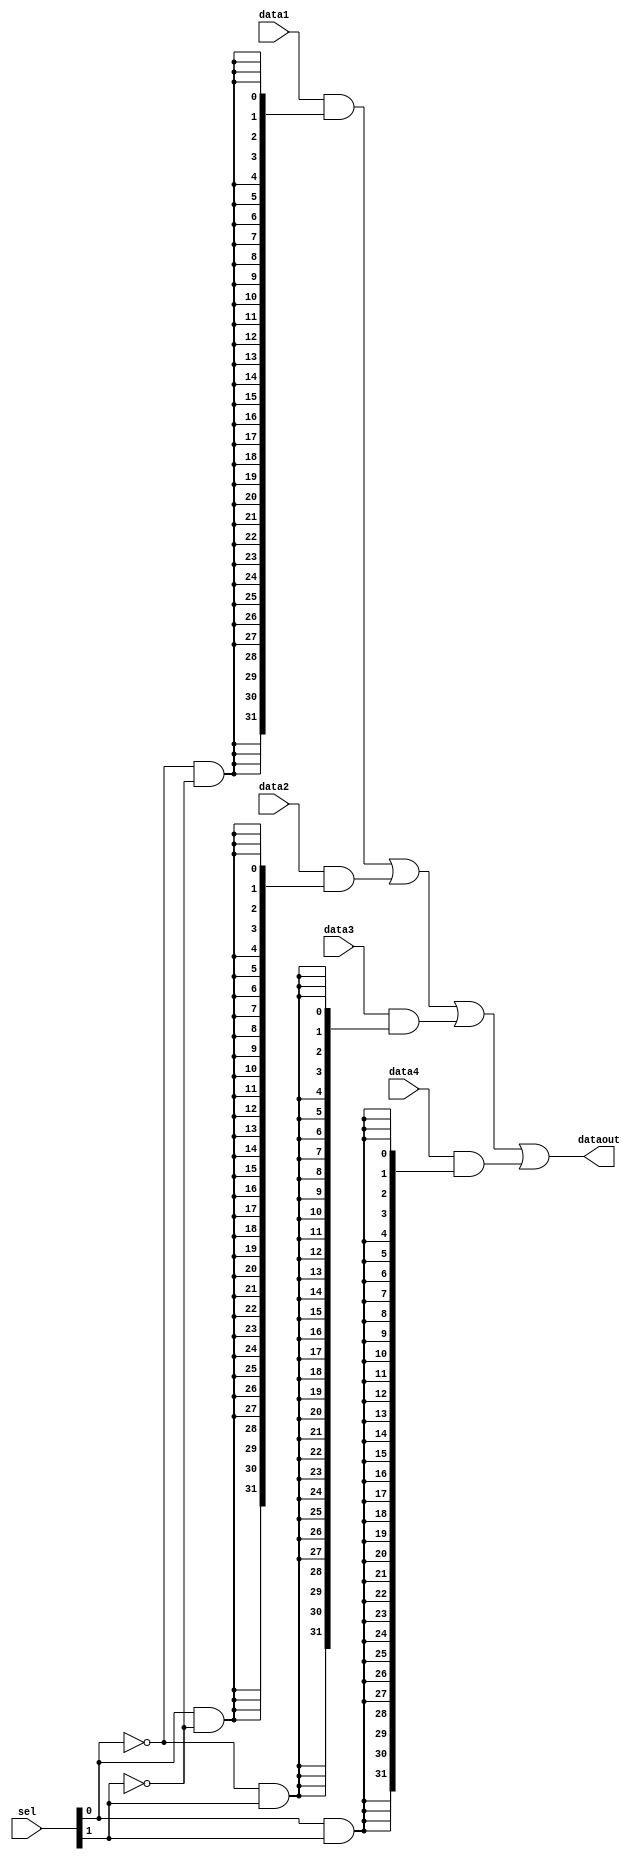
module mux4x32(data1,data2,data3,data4,sel,dataout);
	input [31:0] data1,data2,data3,data4;
	input [1:0] sel;
	output [31:0] dataout;
	
	assign dataout=(data1&{32{!sel[0]&!sel[1]}})
			|(data2&{32{sel[0]&!sel[1]}})
			|(data3&{32{!sel[0]&sel[1]}})
			|(data4&{32{sel[0]&sel[1]}});
endmodule